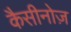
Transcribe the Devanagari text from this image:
कैसीनोज़